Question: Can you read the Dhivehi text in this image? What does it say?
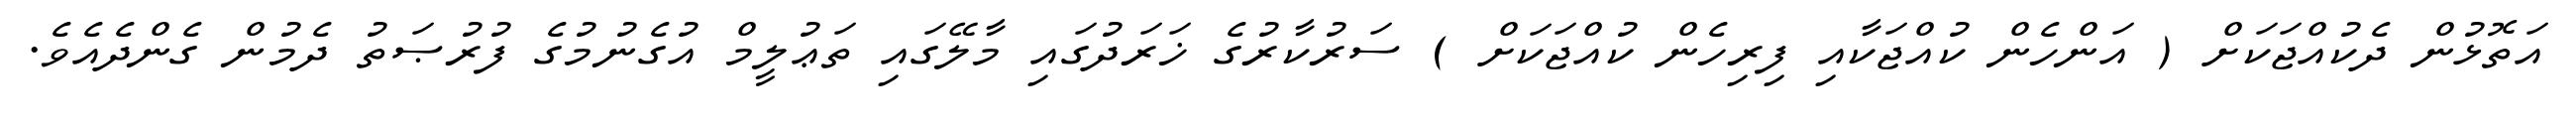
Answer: އަތޮޅުން ދެކުއްޖަކަށް ( އަންހެން ކުއްޖަކާއި ފިރިހެން ކުއްޖަކަށް ) ސަރުކާރުގެ ޚަރަދުގައި މާލޭގައި ތަޢުލީމް އުގެނުމުގެ ފުރުޞަތު ދެމުން ގެންދެއެވެ.